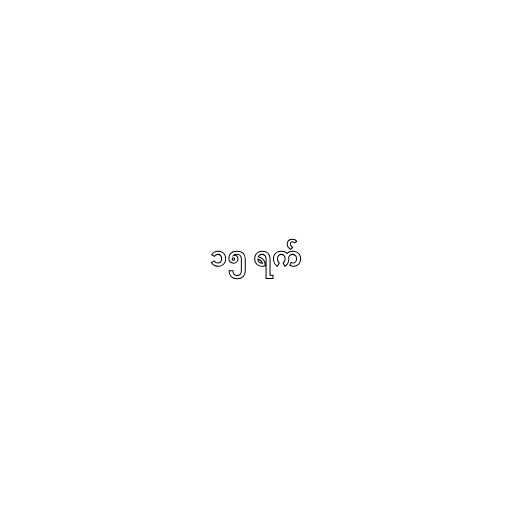
၁၅ ရက်